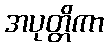
အပုတ္တိကာ